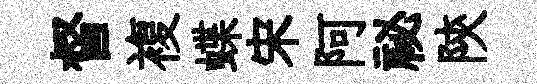
督複蝶宋阿祕陝